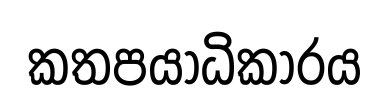
කතපයාධිකාරය